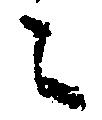
々